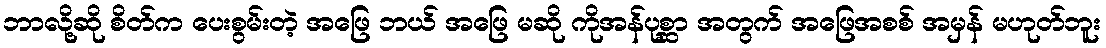
ဘာလို့ဆို စိတ်က ပေးစွမ်းတဲ့ အဖြေ ဘယ် အဖြေ မဆို ကိုအန်ပုစ္ဆာ အတွက် အဖြေအစစ် အမှန် မဟုတ်ဘူး